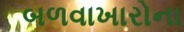
બળવાખારોના